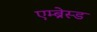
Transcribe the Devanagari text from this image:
एम्ब्रेस्ड